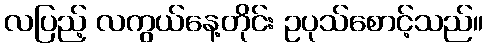
လပြည့် လကွယ်နေ့တိုင်း ဥပုသ်စောင့်သည်။